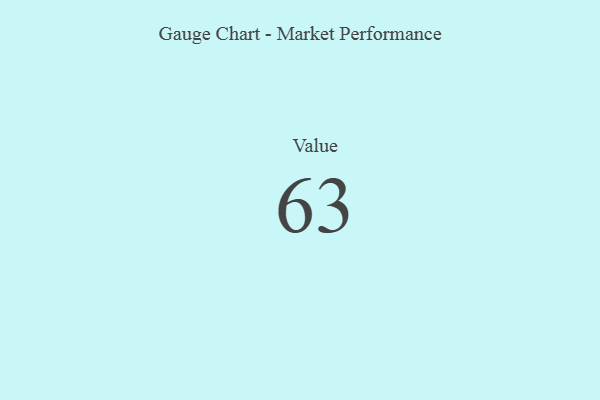
{"axis": {"x": "Metric", "y": "Value"}, "legend": [""], "data": [{"x": "Value", "y": 63, "type": ""}]}